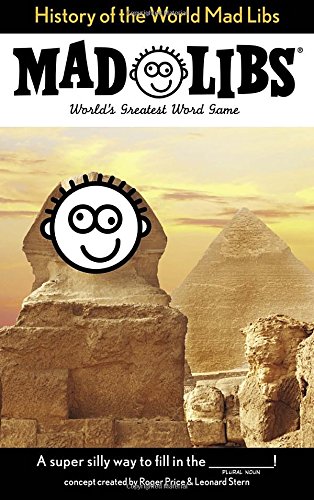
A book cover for History of the World Mad Libs; Price Stern Sloan; Children's Books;